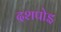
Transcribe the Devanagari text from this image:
दशपोइ